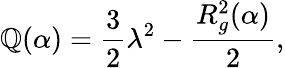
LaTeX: \mathbb{Q}(\alpha)=\frac{{3}}{{2}}\lambda^{2}-\frac{{R_{g}^{2}(\alpha)}}{{2}},